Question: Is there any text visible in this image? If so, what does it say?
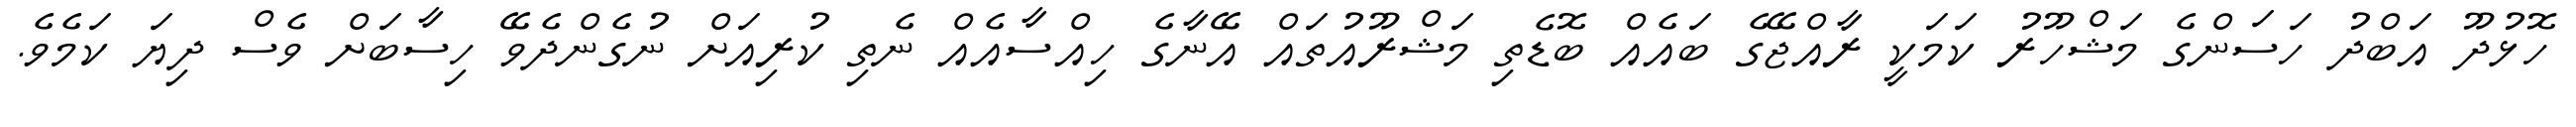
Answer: ހޮޅުދޫ އަބްދު ހަސަންގެ މަޝްހޫރު ކަމަކީ ރާއްޖޭގެ ބައެއް ބޮޑެތި މަޝްރޫއުތައް އޭނާގެ ހިއްސާއެއް ނެތި ކުރިއަށް ނުގެންދެވޭ ހިސާބަށް ވެސް ދިޔަ ކަމެވެ.